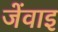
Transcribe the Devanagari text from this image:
जेंवाइ